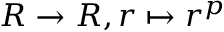
R \to R , r \mapsto r ^ { p }